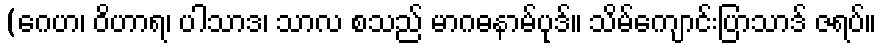
(ဂေဟ၊ ဝိဟာရ၊ ပါသာဒ၊ သာလ စသည် မာဂဓနာမ်ပုဒ်။ သိမ်ကျောင်းပြာသာဒ် ဇရပ်။